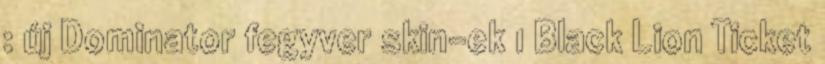
: új Dominator fegyver skin-ek 1 Black Lion Ticket